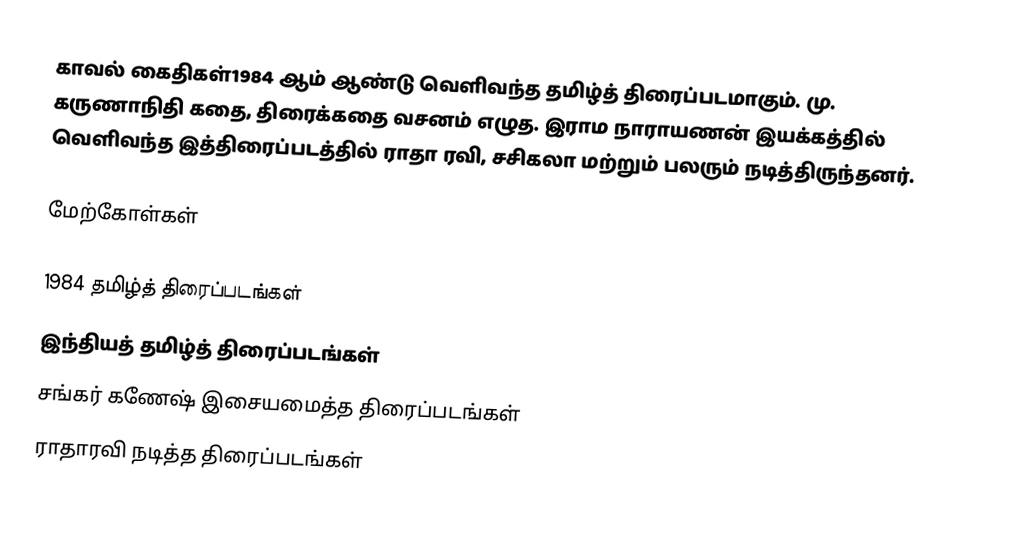
காவல் கைதிகள்1984 ஆம் ஆண்டு வெளிவந்த தமிழ்த் திரைப்படமாகும்.  மு. கருணாநிதி கதை, திரைக்கதை வசனம் எழுத.  இராம நாராயணன் இயக்கத்தில் வெளிவந்த இத்திரைப்படத்தில் ராதா ரவி, சசிகலா மற்றும் பலரும் நடித்திருந்தனர்.

மேற்கோள்கள்

1984 தமிழ்த் திரைப்படங்கள்
இந்தியத் தமிழ்த் திரைப்படங்கள்
சங்கர் கணேஷ் இசையமைத்த திரைப்படங்கள்
ராதாரவி நடித்த திரைப்படங்கள்